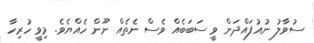
ސުވާލު ނުއުފައްދަން ވީ ސަބަބެއް ވެސް ނެތެއް ނޫން ހެއްޔެވެ. މިވީ ހުރިހާ